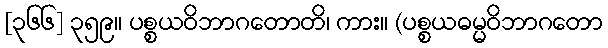
[၃၆၆] ၃၅၉။ ပစ္စယဝိဘာဂတောတိ၊ ကား။ (ပစ္စယဓမ္မဝိဘာဂတော